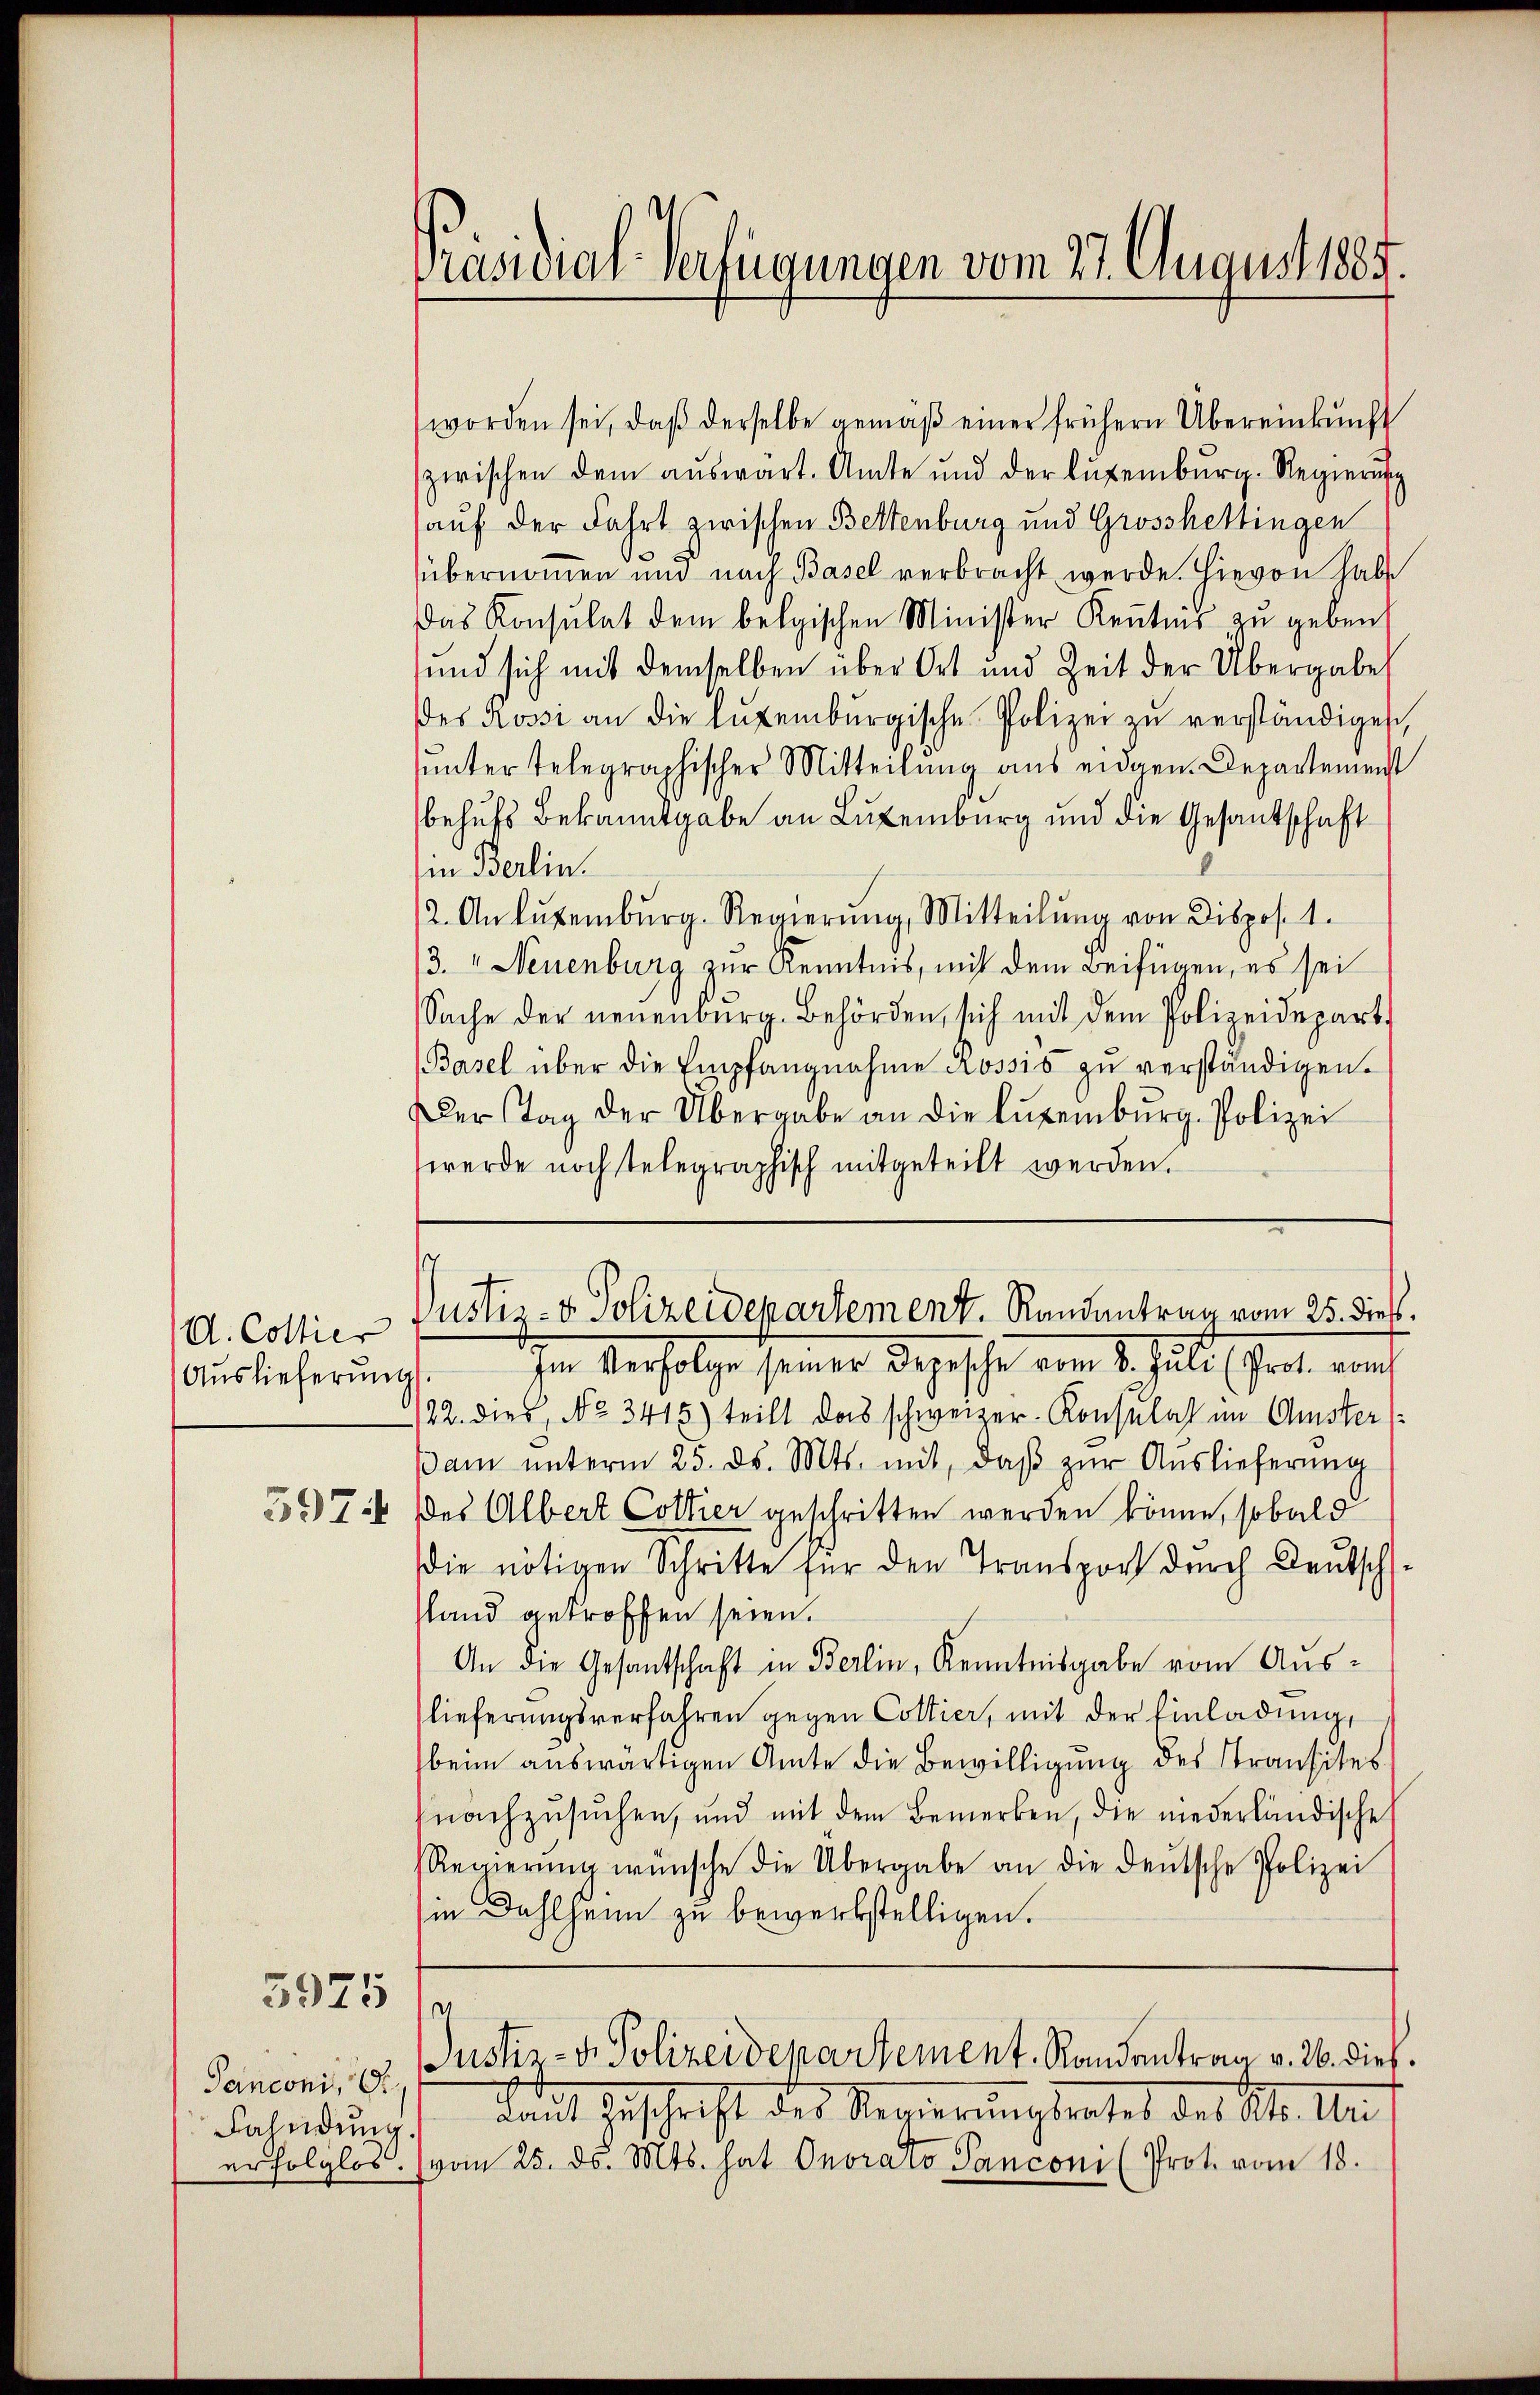
d. Collier
Auslieferung
5974

5975

Panconi,
erfolglos.

Flascial-Verfügungen vom 27. August 1885.

worden sei, daβ derselbe gemäβ einer frühern Übereinkunft
zwischen dem aŭswärt. Amte und der Luxenburg. Regierŭng
auf der Fahrt zwischen Bettenburg und Grosshettingen
übernommen und nach Basel verbracht werde. Hievon habe
Das Konsulat dem belgischen Minister Kenntnis zu geben
und sich mit demselben über Ort und Zeit der Übergabe
des Rossi an die Aufenburgische Polizei zŭ verständigen,
sunter telegraphischer Mitteilung aus eidgen. Departemenst
behufs Bekanntgabe an Luxenburg und die Gesandschaft
in Berlin.
2. Anlŭfembŭrg. Regierŭng, Mitteilŭng von Dispos. 1.
/3. " Neuenburg zur Kenntnis, mit dem Beifügen, es sei
Sache der neuenburg. Behörden, sich mit dem Polizeidepart
(Basel über die Empfangnahme Rossis zŭ verständigen.
er Tag der Übergabe an die Luxenbŭrg. Polizei
werde noch telegraphisch mitgeteilt werden.

Justiz- & Polizeidepartement. Randantrag vom 25. dieß,

In Verfolge seiner Depesche vom 1. halt hat, an
22. dies, No. 3415) teilt das schweizer-Konsulat im Amster
am ŭnterm 25. ds. Mts. mit, daβ zŭr Aŭslieferung
des Albert Collier geschritten werden könne, sobald
die nötigen Schritte für den Transport durch Deutschsland getroffen seien.
An die Gesantschaft in Berlin, Kenntnisgabe vom Aus-
lieferungsverfahren gegen Collier, mit der Einladung,
beim auswärtigen Amte die Bewilligung des Transites
nachzusuchen, und mit dem Bemerken, die niederländische
Regierŭng wünsche die Übergabe an die deŭtsche Polizei
in Dahlheim zu bewerkstelligen.
V
Justiz- & Polizeidepartement. Randentrag v. 26. dies
Fahndung laut Zuschrift des Regierungsrates des Kt. Un
vom 25. ds. Mts. hat Onorato Sanconi (Prot. vom 18.